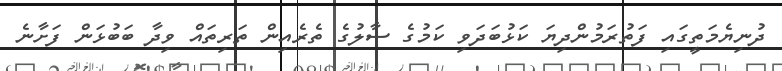
ދުނިޔެމަތީގައި ފަތުރަމުންދިޔަ ކަޅުބަދަވި ކަމުގެ ސާލުގެ ތެރެއިން ތަރިތައް ވިދާ ބަބުޅަން ފަށާނެ